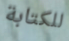
للكتابة